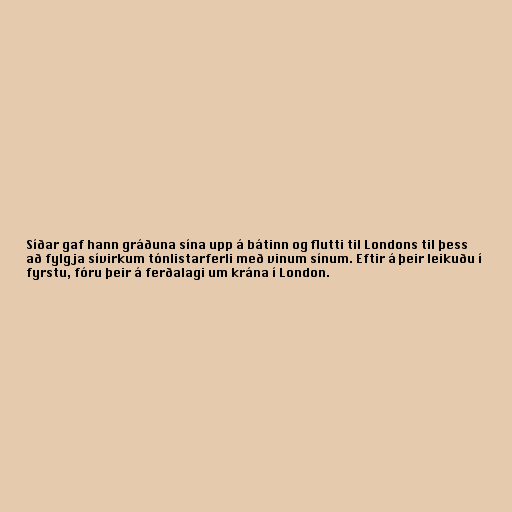
Síðar gaf hann gráðuna sína upp á bátinn og flutti til Londons til þess
að fylgja sívirkum tónlistarferli með vinum sínum. Eftir á þeir leikuðu í
fyrstu, fóru þeir á ferðalagi um krána í London.